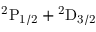
\mathrm { { } ^ { 2 } P _ { 1 / 2 } + { } ^ { 2 } D _ { 3 / 2 } }